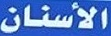
الأسنان